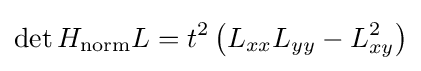
\det H_{\mathrm {norm} }L=t^{2}\left(L_{xx}L_{yy}-L_{xy}^{2}\right)